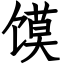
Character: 馍